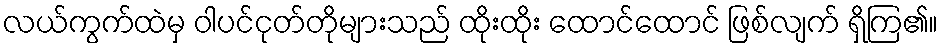
လယ်ကွက်ထဲမှ ဝါပင်ငုတ်တိုများသည် ထိုးထိုး ထောင်ထောင် ဖြစ်လျက် ရှိကြ၏။